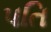
પતિ